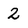
Character: 2